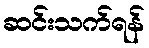
ဆင်းသက်ရန်